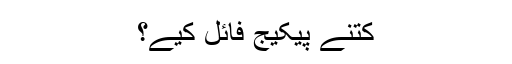
کتنے پیکیج فائل کیے؟